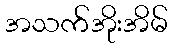
အသက်အိုးအိမ်